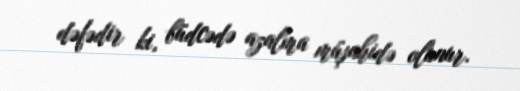
dəfədir ki, büdcədə azalma müşahidə olunur.